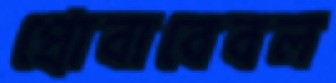
প্রোবাবেবল